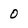
Character: O